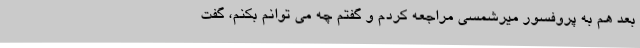
بعد هم به پروفسور میرشمسی مراجعه کردم و گفتم چه می توانم بکنم، گفت